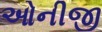
ઓનીજી